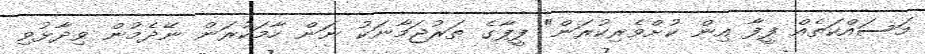
މަސައްކަތެއް ފީފާ އިން ކުށްވެރިކުރަން" ފީފާގެ ތަރުޖަމާނަކު ނަން ހާމަކުރަން ނޭދެމުން ވިދާޅުވި